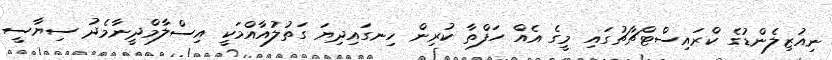
ނިއުޒިލެންޑުގެ ކްރައިސްޓްޗާޗުގައި މީގެ އެއް ހަފްތާ ކުރިން ހިނގައިދިޔަ ގަތުލުއާއްމަކީ އިސްލާމްދީނާމެދު ސިޔާސީ